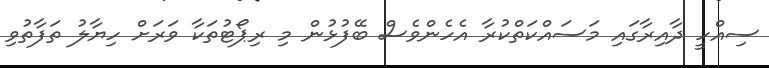
ސިއްހީ ދާއިރާގައި މަސައްކަތްކުރާ އެހެންވެސް ބޭފުޅުން މި ރިޕޯޓުތަކާ ވަރަށް ހިޔާލު ތަފާތުވި